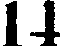
14